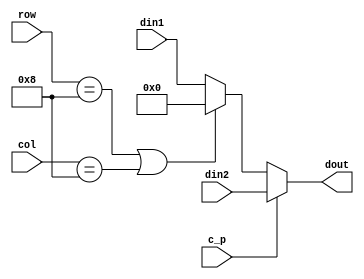
module mux1(din1,din2,c_p,dout,row,col);   //add row and cow to sel 0 or conv result
input [3:0] row,col;
input c_p;
input [7:0] din1,din2;
output reg[7:0] dout;

always@(*)
begin
if(!c_p)
begin
if(row==4'b1000||col==4'b1000) 
	dout=0;
else 
	dout=din1;
end
else dout=din2;
end
endmodule